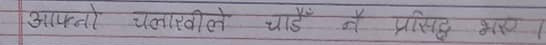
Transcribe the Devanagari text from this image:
आफ्नो चलाखीले घोडै नै प्रसिद्ध भएन।